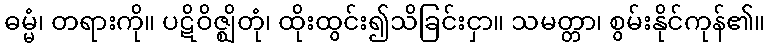
ဓမ္မံ၊ တရားကို။ ပဋိဝိဇ္ဈိတုံ၊ ထိုးထွင်း၍သိခြင်းငှာ။ သမတ္တာ၊ စွမ်းနိုင်ကုန်၏။